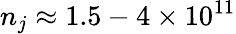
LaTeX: n_{j}\approx 1.5-4\times 10^{11}